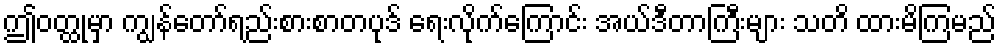
ဤဝတ္ထုမှာ ကျွန်တော်ရည်းစားစာတပုဒ် ရေးလိုက်ကြောင်း အယ်ဒီတာကြီးများ သတိ ထားမိကြမည်